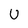
Character: u